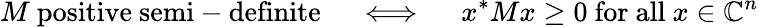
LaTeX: M{\mathrm{~positive~semi-definite}}\quad\iff\quad x^{*}Mx\geq 0{\mathrm{~for~all~}}x\in\mathbb{C}^{n}